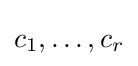
c_{1},\ldots ,c_{r}